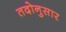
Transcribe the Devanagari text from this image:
तदोनुसार